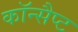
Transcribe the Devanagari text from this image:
कॉन्सैप्ट